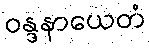
ဝန္ဒနာယေတံ